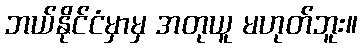
ဘယ်နိုင်ငံမှာမှ အတုယူ မဟုတ်ဘူး။